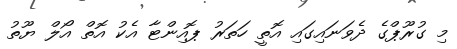
މި ގުރޫޕްގެ ދެވަނައިގައި އޮތީ ހަތަރު ޕޮއިންޓާ އެކު އޮތް އޯލް ޔޫތު